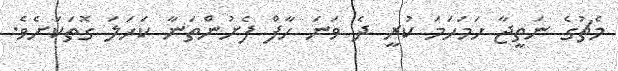
މެޗުގެ ނަތީޖާ ހަމަހަމަ ކުރީ ދެ ވަނަ ހާފް ފެށުންތަނާ ކަހަލަ ގޮތަކަށެވެ.